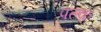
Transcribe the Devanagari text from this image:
पल्क